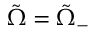
\tilde { \Omega } = \tilde { \Omega } _ { - }